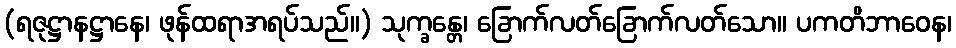
(ရဇုဋ္ဌာနဋ္ဌာနေ၊ ဖုန်ထရာအရပ်သည်။) သုက္ခန္တေ၊ ခြောက်လတ်ခြောက်လတ်သော။ ပကတိဘာဝေန၊